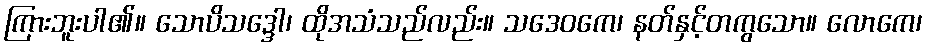
ကြားဘူးပါ၏။ သောပိသဒ္ဒေါ၊ ထိုအသံသည်လည်း။ သဒေဝကေ၊ နတ်နှင့်တကွသော။ လောကေ၊